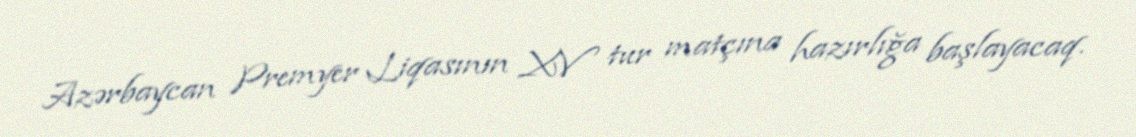
Azərbaycan Premyer Liqasının XV tur matçına hazırlığa başlayacaq.